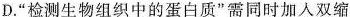
D.AA 检测生物组织中的蛋白质”需同时加入双缩